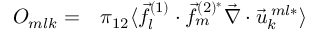
\begin{array} { r l } { O _ { m l k } = } & { { } \pi _ { 1 2 } \langle \vec { f } _ { l } ^ { ( 1 ) } \cdot \vec { f } _ { m } ^ { ( 2 ) ^ { * } } \vec { \nabla } \cdot \vec { u } _ { k } ^ { \: m l * } \rangle } \end{array}